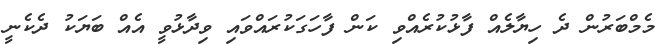
މެމްބަރުން ދެ ހިޔާލެއް ފާޅުކުރެއްވި ކަން ފާހަގަކުރައްވައި ވިދާޅުވީ އެއް ބަޔަކު ދެކެނީ